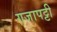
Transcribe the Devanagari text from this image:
गजापट्टी